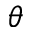
\theta